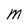
Character: M